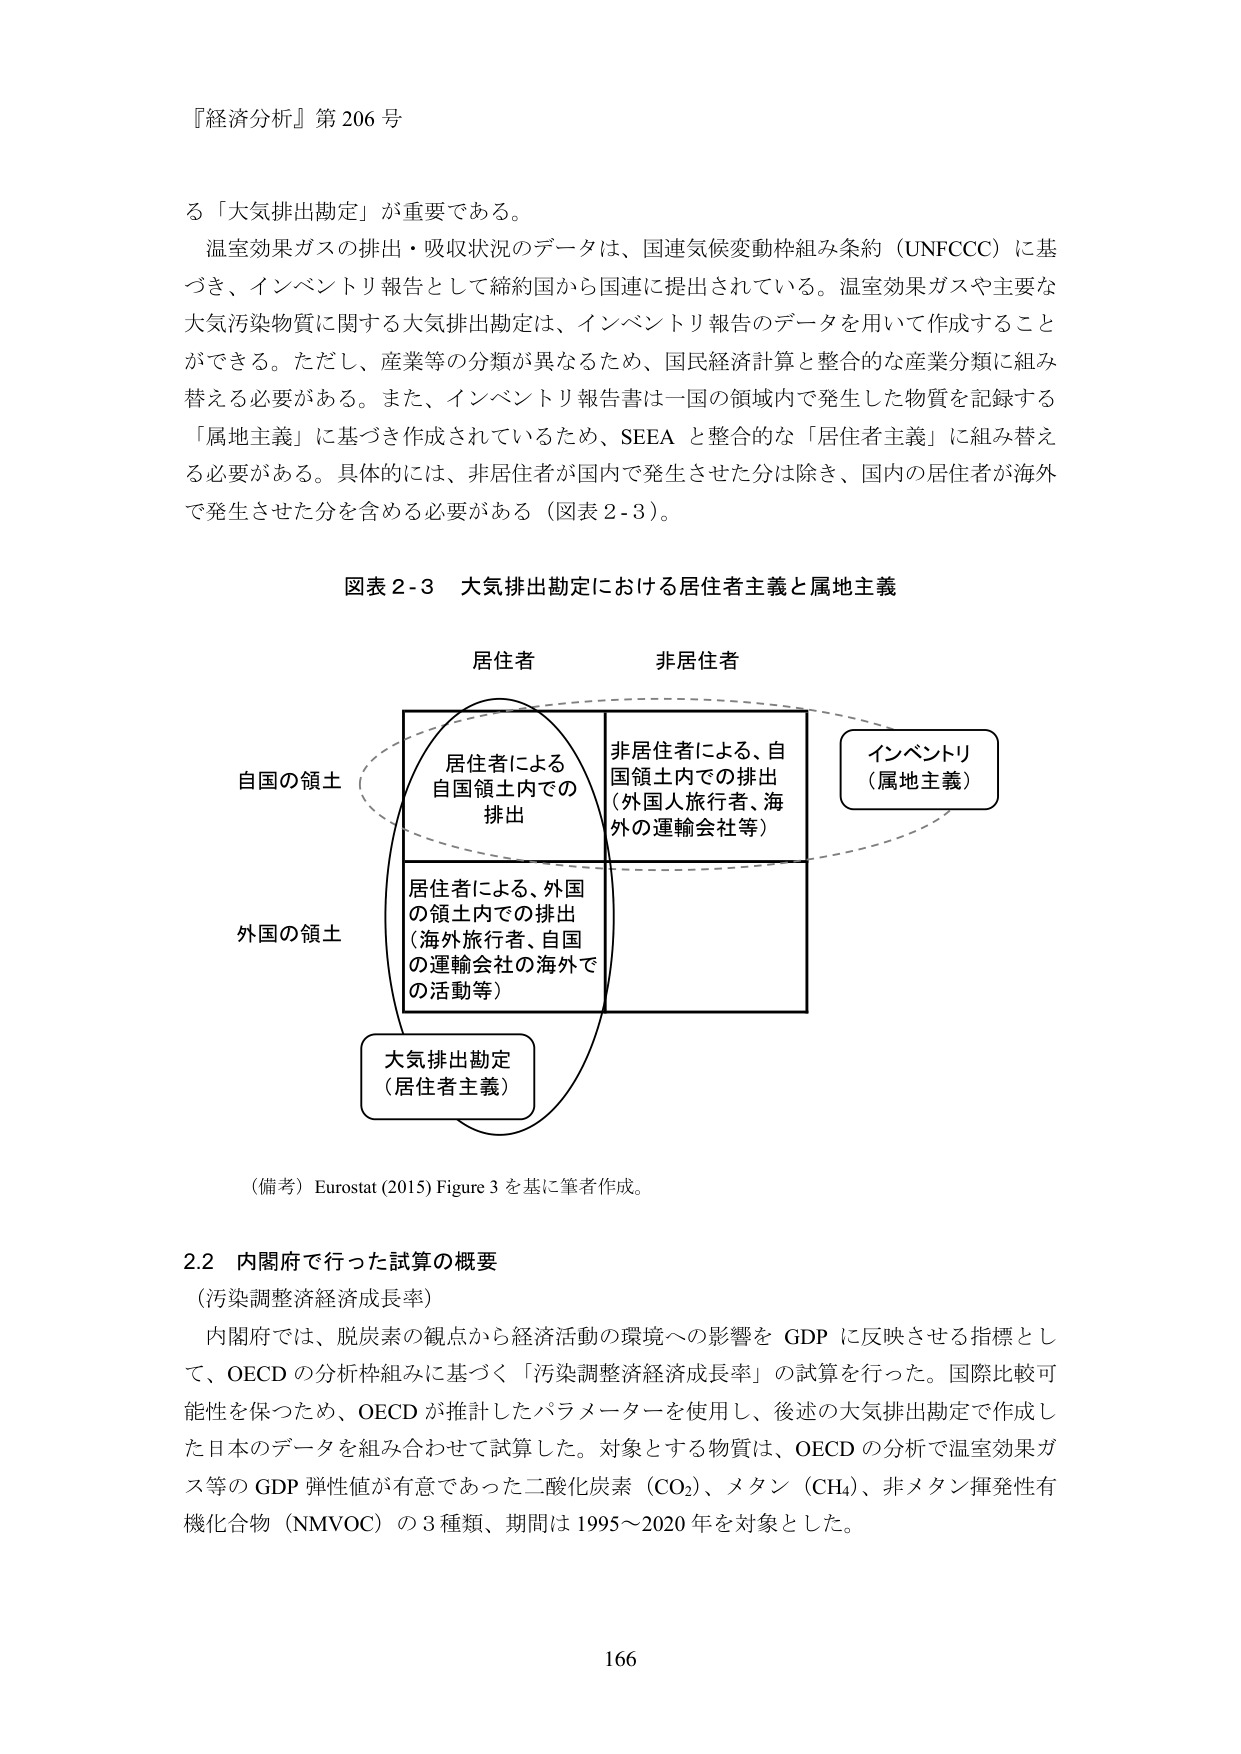
『経済分析』第206号

る「大気排出勘定」が重要である。
温室効果ガスの排出・吸収状況のデータは、国連気候変動枠組み条約（UNFCCC）に基づき、インベントリ報告として締約国から国連に提出されている。温室効果ガスや主要な大気汚染物質に関する大気排出勘定は、インベントリ報告のデータを用いて作成することができる。ただし、産業等の分類が異なるため、国民経済計算と整合的な産業分類に組み替える必要がある。また、インベントリ報告書は一国の領域内で発生した物質を記録する「属地主義」に基づき作成されているため、SEEA と整合的な「居住者主義」に組み替える必要がある。具体的には、非居住者が国内で発生させた分は除き、国内の居住者が海外で発生させた分を含める必要がある（図表2-3）。

図表2-3 大気排出勘定における居住者主義と属地主義

居住者 非居住者
自国の領土
居住者による
自国領土内での
排出
非居住者による、自
国領土内での排出
（外国人旅行者、海
外の運輸会社等）
インベントリ
（属地主義）
外国の領土
居住者による、外国
の領土内での排出
（海外旅行者、自国
の運輸会社の海外で
の活動等）
大気排出勘定
（居住者主義）

（備考）Eurostat (2015) Figure 3 を基に筆者作成。

2.2 内閣府で行った試算の概要
（汚染調整経済成長率）
内閣府では、脱炭素の観点から経済活動の環境への影響を GDP に反映させる指標として、OECD の分析枠組みに基づく「汚染調整経済成長率」の試算を行った。国際比較可能性を保つため、OECD が推計したパラメーターを使用し、後述の大気排出勘定で作成した日本のデータを組み合わせて試算した。対象とする物質は、OECD の分析で温室効果ガス等の GDP 弾性値が有意であった二酸化炭素（CO₂）、メタン（CH₄）、非メタン揮発性有機化合物（NMVOC）の3種類、期間は1995～2020年を対象とした。

166